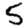
Digit: 5